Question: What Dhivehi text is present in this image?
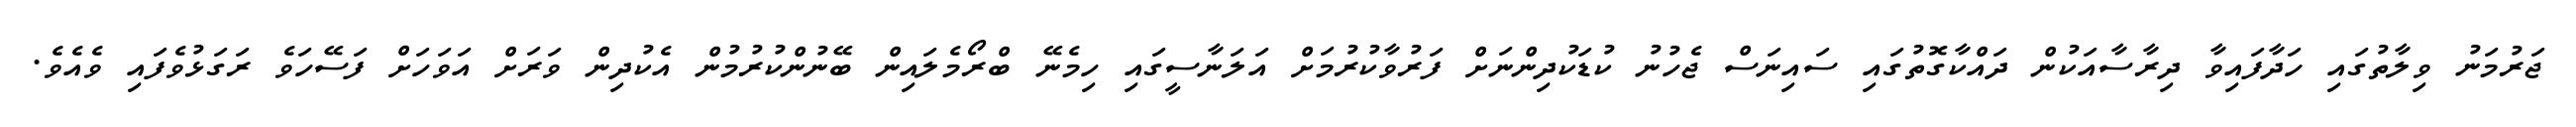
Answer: ޖަރުމަނު ވިލާތުގައި ހަދާފައިވާ ދިރާސާއަކުން ދައްކާގޮތުގައި ސައިނަސް ޖެހުނު ކުޑަކުދިންނަށް ފަރުވާކުރުމަށް އަލަނާސީގައި ހިމެނޭ ބްރޯމެލައިން ބޭނުންކުރުމުން އެކުދިން ވަރަށް އަވަހަށް ފަސޭހަވެ ރަގަޅުވެފައި ވެއެވެ.